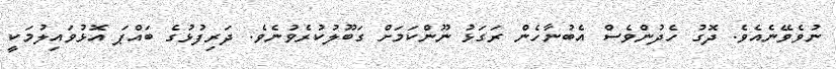
ނުވެވޭނެއެވެ. ދޮގު ހެދުންވެސް އެބުނާހެން ރަގަޅު ނޫންކަމަށް ގަބޫލުކުރެވުނެވެ. ދަރިފުޅުގެ ބައްޕަ އޮޅުވައިލުމަކީ